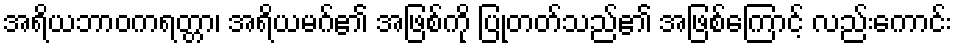
အရိယဘာဝကရတ္တာ၊ အရိယမဂ်၏ အဖြစ်ကို ပြုတတ်သည်၏ အဖြစ်ကြောင့် လည်းကောင်း